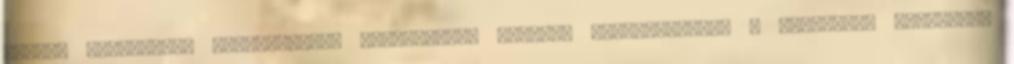
vehető rendkívüli jogorvoslati lehetőségek egyike. Alkalmazására a következő esetekben